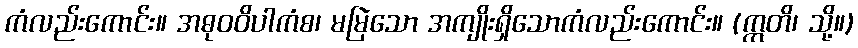
ကံလည်းကောင်း။ အဓုဝဝိပါကံစ၊ မမြဲသော အကျိုးရှိသောကံလည်းကောင်း။ (ဣတိ၊ သို့။)